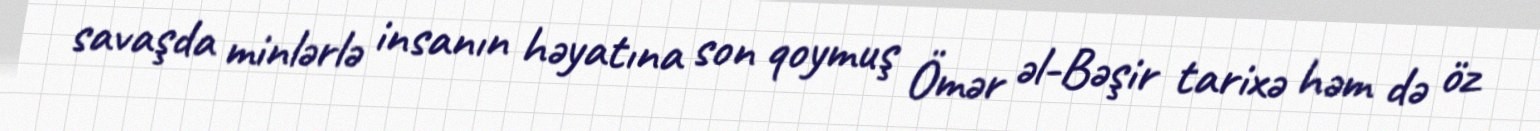
savaşda minlərlə insanın həyatına son qoymuş Ömər əl-Bəşir tarixə həm də öz